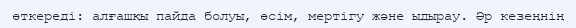
өткереді: алғашқы пайда болуы, өсім, мертігу және ыдырау. Әр кезеңнің